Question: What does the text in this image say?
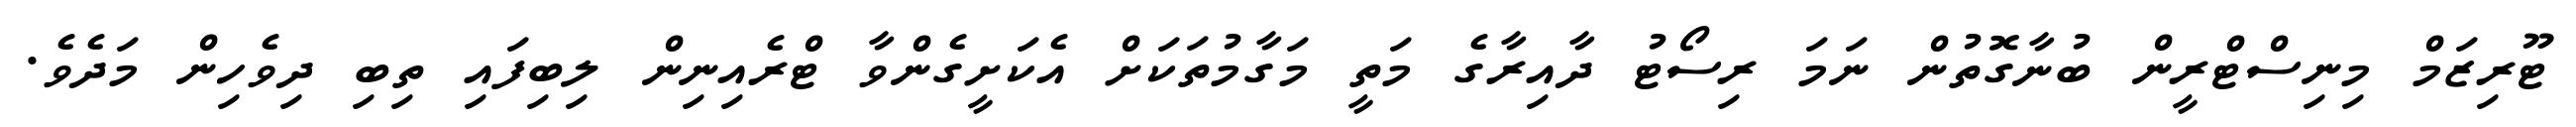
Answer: ޓޫރިޒަމް މިނިސްޓްރީން ބުނާގޮތުން ނަމަ ރިސޯޓު ދާއިރާގެ މަތީ މަގާމުތަކަށް އެކަށީގެންވާ ޓްރެއިނިން ލިބިފައި ތިބި ދިވެހިން މަދެވެ.